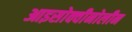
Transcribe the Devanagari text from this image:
आइसोक्वीनोलीन